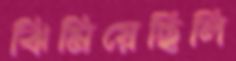
ঝিমিয়েছিলি